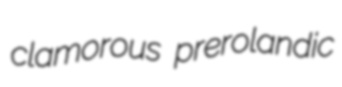
clamorous prerolandic